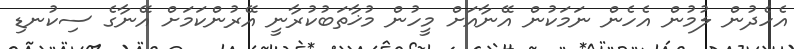
އެހެދުން ލުމުން އެހެން ނަމަކުން އޭނާއަށް މީހުން މުޚާތަބުކުރާނީ އޭރުންކަމަށް އޭނާގެ ސިކުނޑި